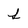
Character: s